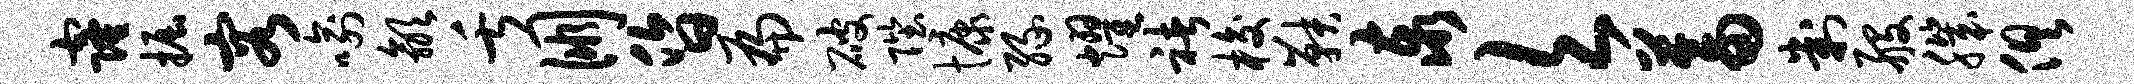
窿掘容喻歙舌朋昏扁破陛慷缘耀褚梭鞅泰欠蓄判般肌俱